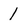
Character: 1